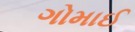
ગોમાઈ